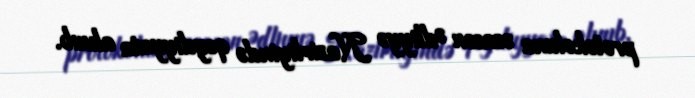
protokoluna əsasən Ədliyyə Nazirliyində qeydiyyata alınıb.